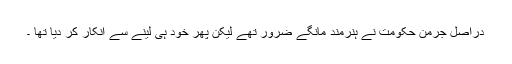
دراصل جرمن حکومت نے ہنرمند مانگے ضرور تھے لیکن پھر خود ہی لینے سے انکار کر دیا تھا ۔